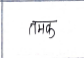
मजकूर: तमक